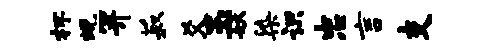
杯蜕笄菽爻玉妖染识忠言支